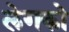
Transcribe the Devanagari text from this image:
लेगको